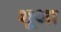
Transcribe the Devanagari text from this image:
शूआ